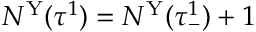
N ^ { \mathrm { Y } } ( \tau ^ { 1 } ) = N ^ { \mathrm { Y } } ( \tau _ { - } ^ { 1 } ) + 1